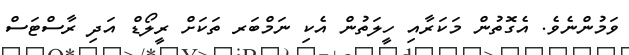
ވަމުންނެވެ. އެގޮތުން މަކަރާއި ހީލަތުން އެކި ނަމްބަރ ތަކަށް ރީލޯޑް އަދި ރާސްޓަސް